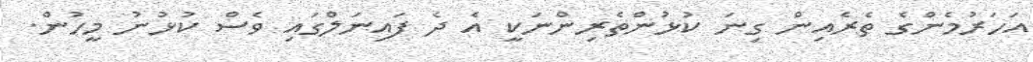
އަހަރުމެންގެ ތެރެއިން ގިނަ ކުޅުންތެރިންނަކީ އެ ދެ ފައިނަލްގައި ވެސް ކުޅުނު މީހުން.